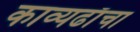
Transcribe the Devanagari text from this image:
काव्यढाँचा